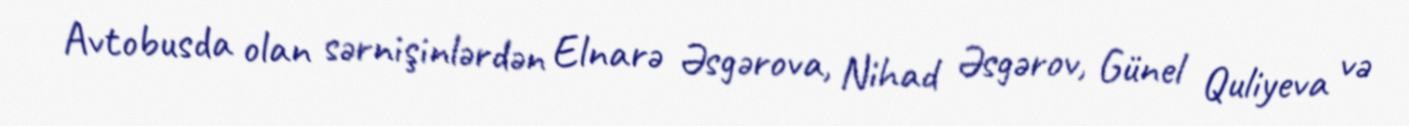
Avtobusda olan sərnişinlərdən Elnarə Əsgərova, Nihad Əsgərov, Günel Quliyeva və